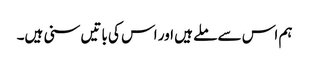
ہم اس سے ملے ہیں اور اس کی باتیں سنی ہیں۔